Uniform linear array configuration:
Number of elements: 24
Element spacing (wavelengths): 1
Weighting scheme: uniform
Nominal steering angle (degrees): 45
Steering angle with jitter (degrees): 43.392
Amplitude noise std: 0.05
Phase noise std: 0.05

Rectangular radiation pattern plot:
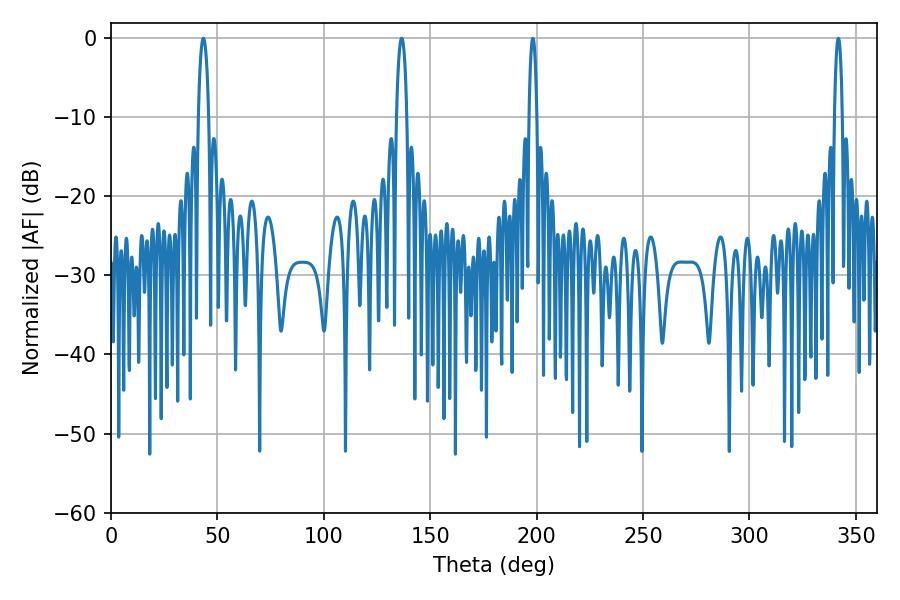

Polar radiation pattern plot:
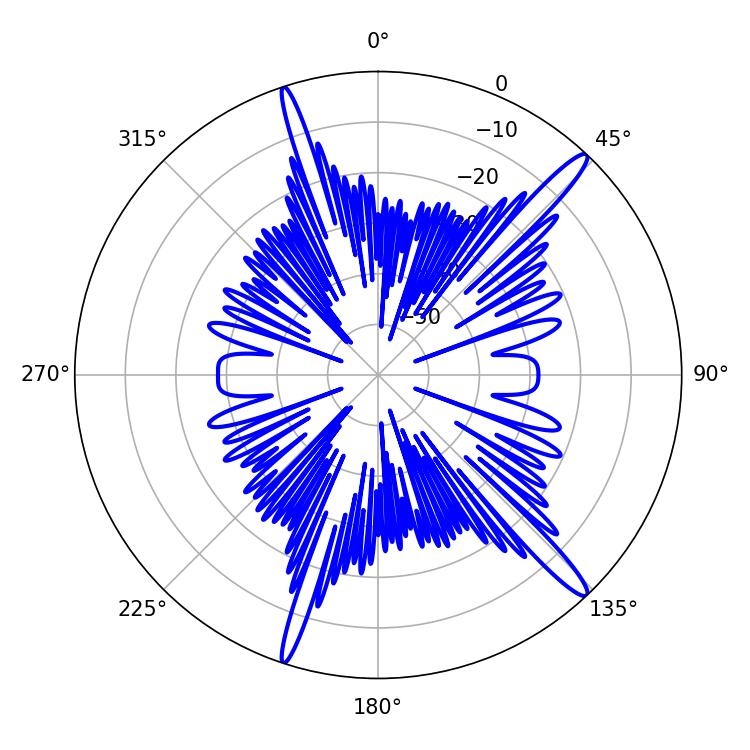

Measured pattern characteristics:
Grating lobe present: TRUE
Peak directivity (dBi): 15.921
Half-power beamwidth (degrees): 2.7
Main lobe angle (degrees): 43.38